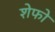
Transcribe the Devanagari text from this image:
शेफो